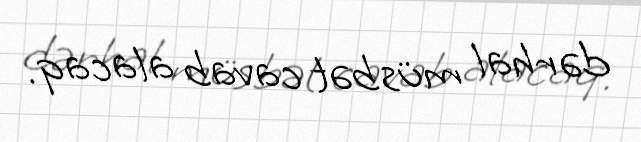
dərhal müsbət cavab alacaq.